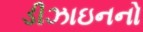
ડીઝાઇનનો